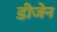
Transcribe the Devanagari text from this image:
डीजेन